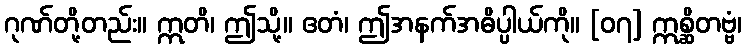
ဂုဏ်တို့တည်း။ ဣတိ၊ ဤသို့။ ဧတံ၊ ဤအနက်အဓိပ္ပါယ်ကို။ [၀၇] ဣစ္ဆိတဗ္ဗံ၊